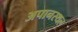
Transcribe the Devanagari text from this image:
अपानस्थल